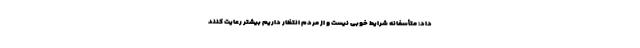
داد: متأسفانه شرایط خوبی نیست و از مردم انتظار داریم بیشتر رعایت کنند